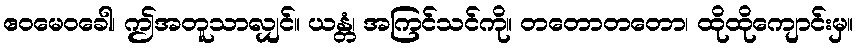
ဧဝမေဝခေါ၊ ဤအတူသာလျှင်။ ယန္တံ၊ အကြင်သင်ကို။ တတောတတော၊ ထိုထိုကျောင်းမှ။